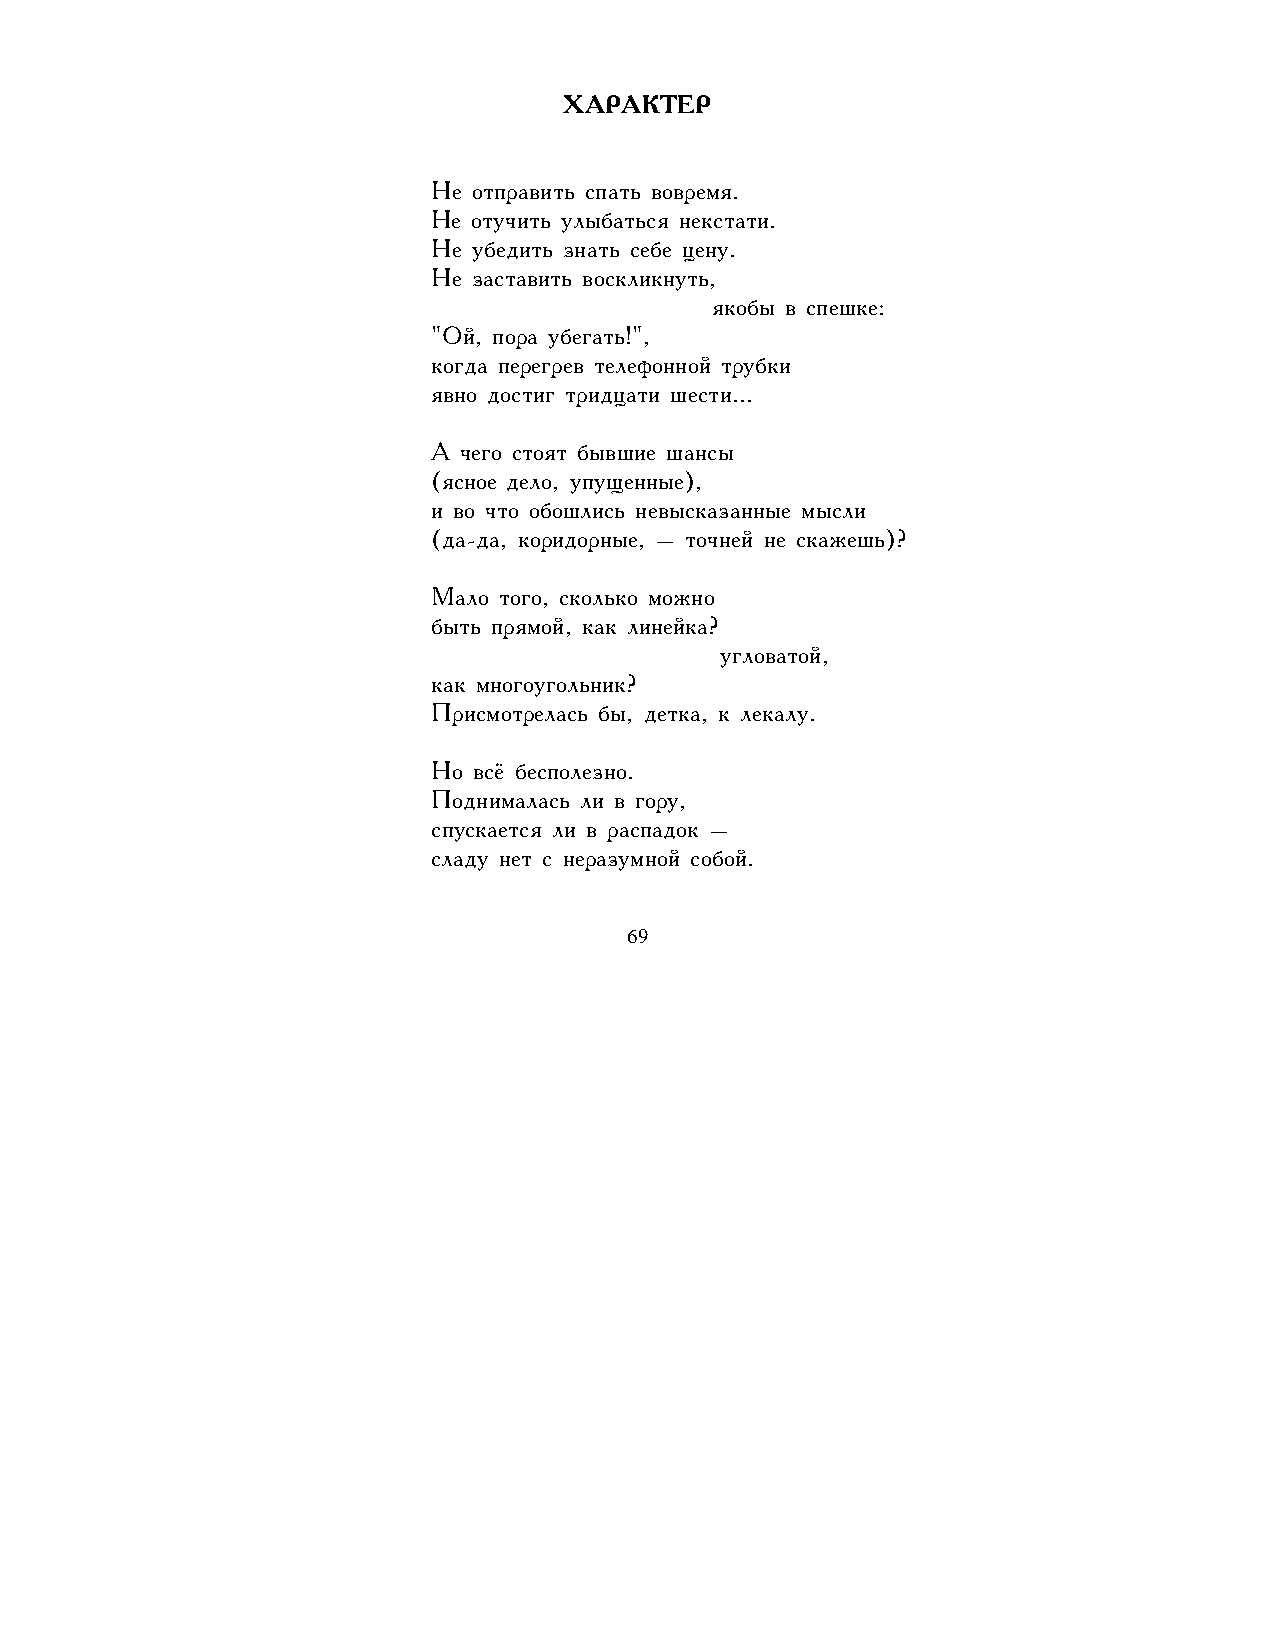
ХАРАКТЕР
 Не отправить спать вовремя.
 Не отучить улыбаться некстати.
 Не убедить знать себе цену.
 Не заставить воскликнуть,
 якобы в спешке:
 "Ой, пора убегать!",
 когда перегрев телефонной трубки
 явно достиг тридцати шести...
 А чего стоят бывшие шансы
 (ясное дело, упущенные),
 и во что обошлись невысказанные мысли
 (да-да, коридорные, – точней не скажешь)?
 Мало того, сколько можно
 быть прямой, как линейка?
 угловатой,
 как многоугольник?
 Присмотрелась бы, детка, к лекалу.
 Но всё бесполезно.
 Поднималась ли в гору,
 спускается ли в распадок –
 сладу нет с неразумной собой.
 69